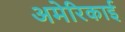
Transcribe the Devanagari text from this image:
अमेरिकाई